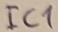
Text: IC1